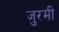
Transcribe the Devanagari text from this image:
जुरमी